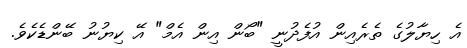
އެ ހިޔާލުގެ ތެރެއިން އުފެދުނީ "ބޯން އިން އެމް" އޭ ކިޔުނު ބޭންޑެކެވެ.